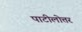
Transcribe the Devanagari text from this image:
पाटीलोत्तर